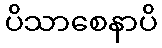
ပိသာစေနာပိ